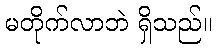
မတိုက်လာဘဲ ရှိသည်။